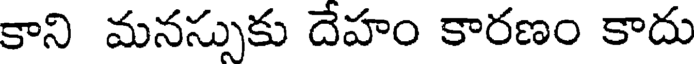
కాని మనస్సుకు దేహం కారణం కాదు